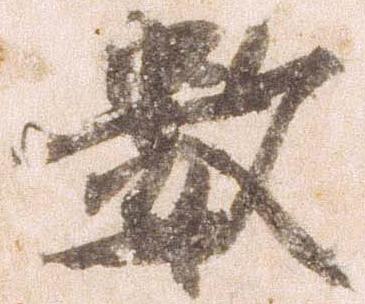
数